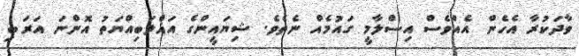
ވާދަކުރާ އެހެން އެއްވެސް އިސްލާމީ ގައުމެއް ނެތެވެ. ޝިޔައީންގެ އަޣްލަބިއްޔަތު އޮންނަ އަރަބި